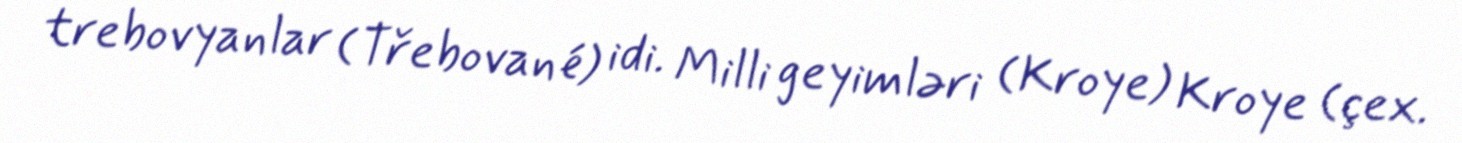
trebovyanlar (Třebované) idi. Milli geyimləri (Kroye) Kroye (çex.